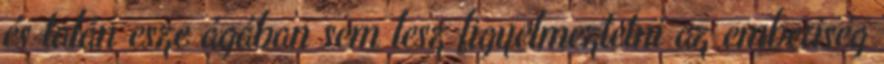
és talán esze ágában sem lesz figyelmeztetni az emberiség